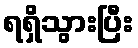
ရရှိသွားပြီး